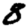
Digit: 8